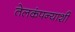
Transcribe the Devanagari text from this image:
तेलकंपन्याशी